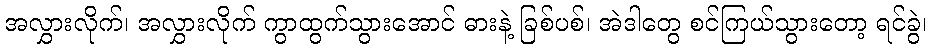
အလွှားလိုက်၊ အလွှားလိုက် ကွာထွက်သွားအောင် ဓားနဲ့ ခြစ်ပစ်၊ အဲဒါတွေ စင်ကြယ်သွားတော့ ရင်ခွဲ၊